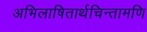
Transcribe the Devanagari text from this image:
अभिलाषितार्थचिन्तामणि